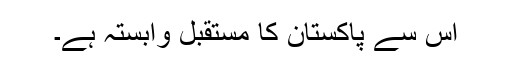
اس سے پاکستان کا مستقبل وابستہ ہے۔